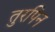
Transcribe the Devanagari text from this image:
तुरपिन